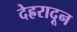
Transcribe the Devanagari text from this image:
देह्ररादून